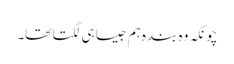
چونکہ وہ بندہ ہم جیسا ہی لگتا تھا۔